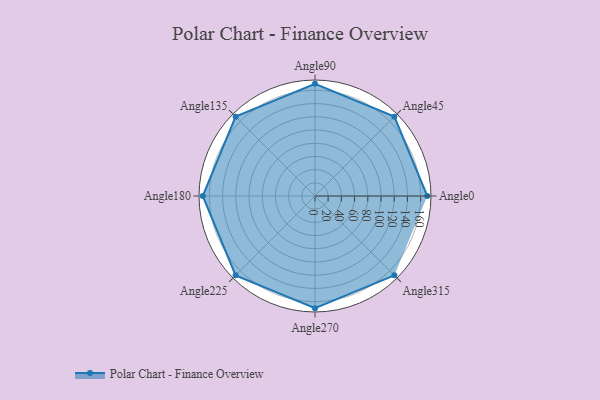
{"axis": {"x": "Angle", "y": "Radius"}, "legend": [""], "data": [{"x": "Angle0", "y": 170, "type": ""}, {"x": "Angle45", "y": 170, "type": ""}, {"x": "Angle90", "y": 170, "type": ""}, {"x": "Angle135", "y": 170, "type": ""}, {"x": "Angle180", "y": 170, "type": ""}, {"x": "Angle225", "y": 170, "type": ""}, {"x": "Angle270", "y": 170, "type": ""}, {"x": "Angle315", "y": 170, "type": ""}]}